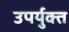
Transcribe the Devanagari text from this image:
उपर्युक्त